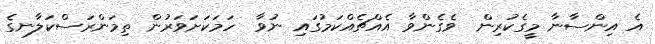
އެ އިންސާނާ މީގެކުރިން  ވެގެންވާ އެއްޗެއްކަމުގައި ނުވާ  ހަމަކަށަވަރުން ތިމަންރަސްކަލާނގެ